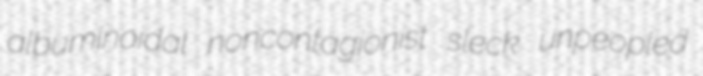
albuminoidal noncontagionist sleck unpeopled